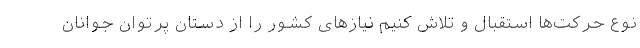
نوع حركت‌ها استقبال و تلاش كنیم نیازهای كشور را از دستان پرتوان جوانان